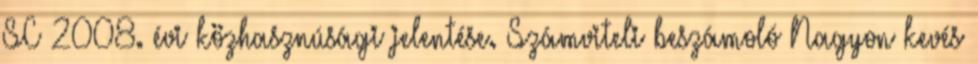
SC 2008. évi közhasznúsági jelentése. Számviteli beszámoló Nagyon kevés